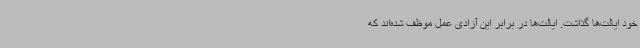
خود ایالت‌ها گذاشت. ایالت‌ها در برابر این آزادی عمل موظف شده‌اند که